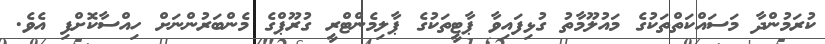
ކުރަމުންދާ މަސައްކަތްތަކުގެ މައުލޫމާތު ގުޅިފައިވާ ޕާޓީތަކުގެ ޕާލިމެންޓްރީ ގުރޫޕްގެ މެންބަރުންނަށް ހިއްސާކޮށްފި އެވެ.